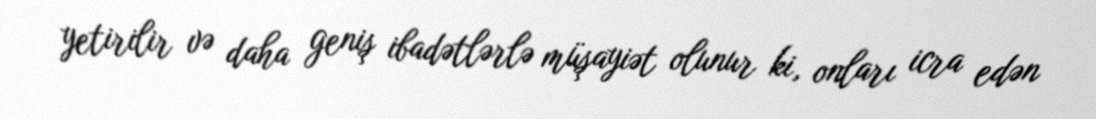
yetirilir və daha geniş ibadətlərlə müşayiət olunur ki, onları icra edən